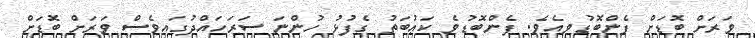
ވަރަށް ބޮޑަށް ފެންބޮޑުވިއެވެ. ފެންބޮޑުވެ ކަޢުބަތު ގެފުޅު ހުންނަ ސަރަހައްދުގައިވެސް ވަރަށް ބޮޑަށް